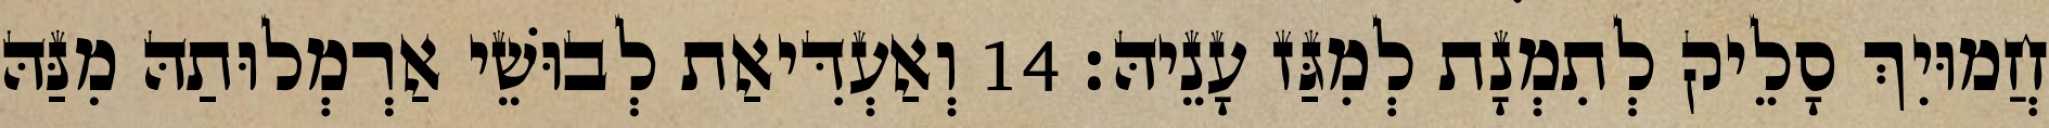
חֲמוּיִךְ סָלֵיק לְתִמְנָת לְמִגַּז עָנֵיהּ׃ 14 וְאַעְדִּיאַת לְבוּשֵׁי אַרְמְלוּתַהּ מִנַּהּ